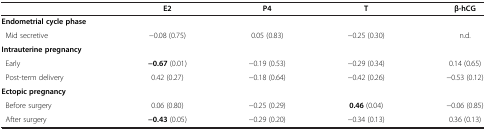
|  | E2 | P4 | T | β-hCG |
 | --- | --- | --- | --- | --- |
 | Endometrial cycle phase |  |  |  |  |
 | Mid secretive | −0.08 (0.75) | 0.05 (0.83) | −0.25 (0.30) | n.d. |
 | Intrauterine pregnancy |  |  |  |  |
 | Early | −0.67 (0.01) | −0.19 (0.53) | −0.29 (0.34) | 0.14 (0.65) |
 | Post-term delivery | 0.42 (0.27) | −0.18 (0.64) | −0.42 (0.26) | −0.53 (0.12) |
 | Ectopic pregnancy |  |  |  |  |
 | Before surgery | 0.06 (0.80) | −0.25 (0.29) | 0.46 (0.04) | −0.06 (0.85) |
 | After surgery | −0.43 (0.05) | −0.29 (0.20) | −0.34 (0.13) | 0.36 (0.13) |